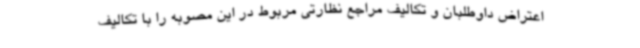
اعتراض داوطلبان و تکالیف مراجع نظارتی مربوط در این مصوبه را با تکالیف